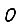
Digit: 0